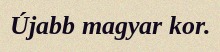
Újabb magyar kor.